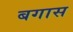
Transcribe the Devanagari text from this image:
बगास